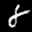
Label: 8